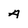
Character: A